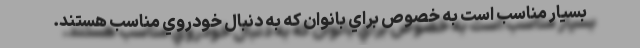
بسيار مناسب است به خصوص براي بانوان كه به دنبال خودروي مناسب هستند.